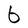
Character: b